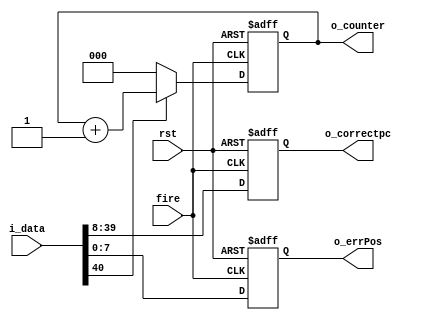
module bcorrect (
    input fire,
    input rst,
    input[41:0] i_data,
    output[2:0] o_counter,
    output[31:0] o_correctpc,
    output[7:0] o_errPos
);
    reg[2:0] counter;
    reg[31:0] correctpc;
    reg[7:0] errPos;
    assign o_correctpc = correctpc;
    assign o_counter = counter;
    assign o_errPos = errPos;

    always @(posedge fire or negedge rst) begin
        if(!rst)begin
            counter <= 0;
            correctpc <= 0;
            errPos <= 0;
        end
        else begin
            counter <= i_data[40] == 1?counter+1:0;
            correctpc <= i_data[39:8];
            errPos <= i_data[7:0];
        end
    end
    
endmodule